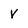
Character: V